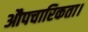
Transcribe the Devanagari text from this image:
औपचारिकता।